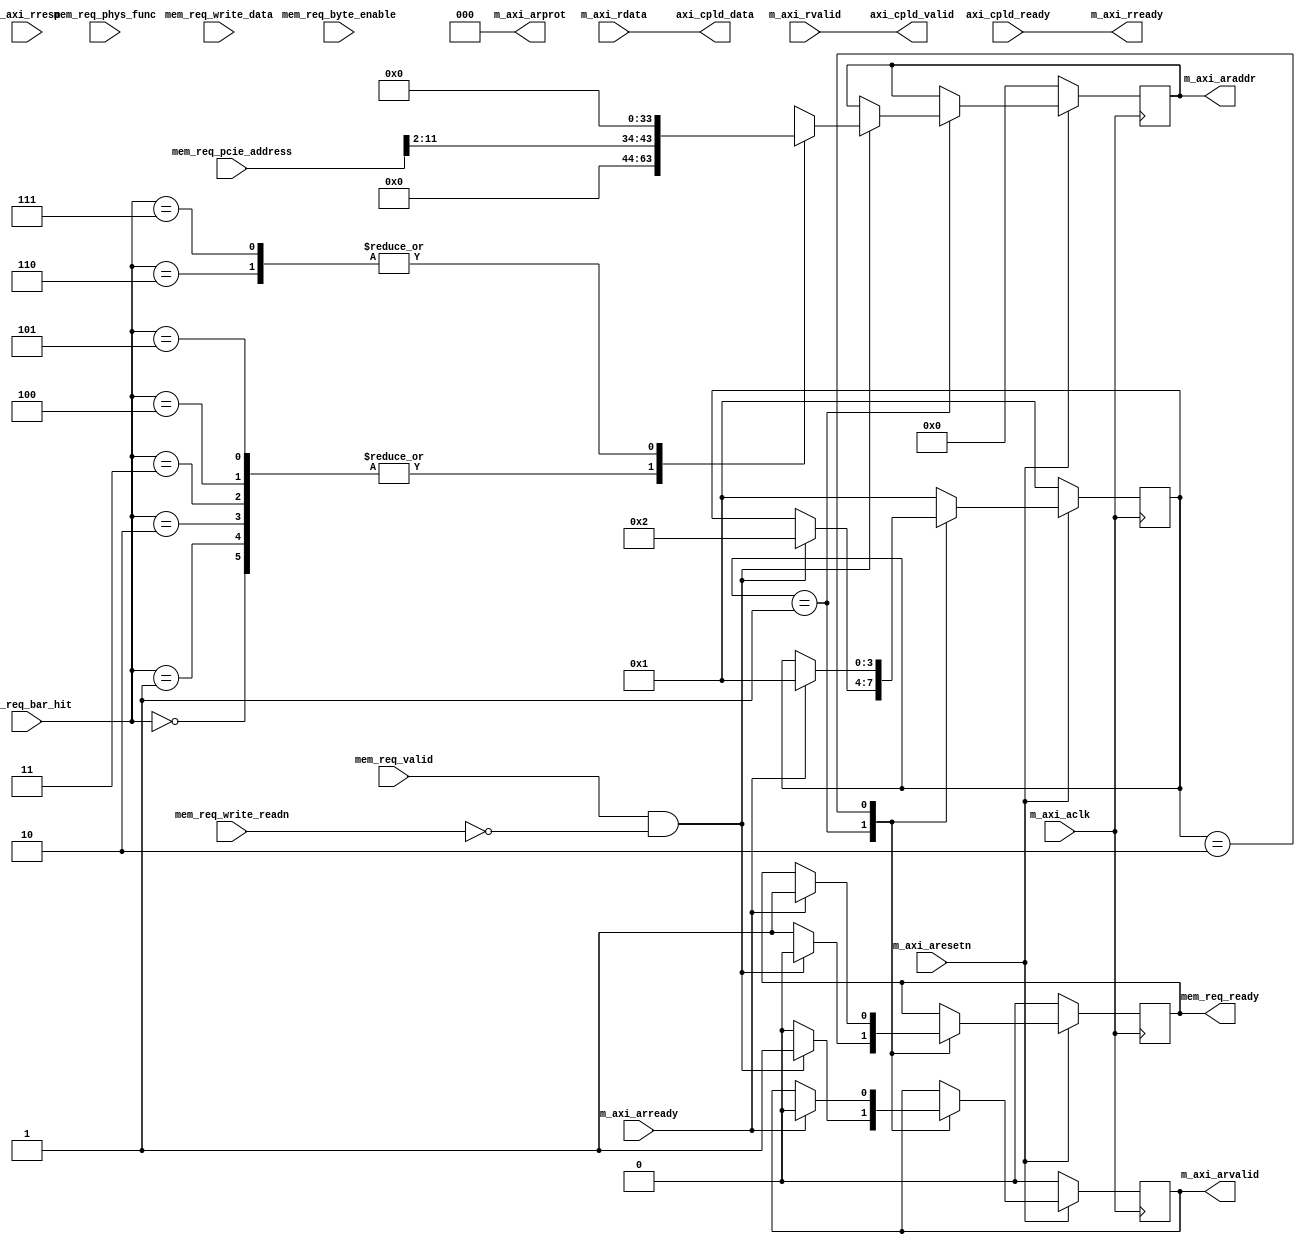
module axi_read_controller # (
  parameter TCQ                        = 1,
  parameter M_AXI_TDATA_WIDTH          = 32,
  parameter M_AXI_ADDR_WIDTH           = 32,
  parameter OUTSTANDING_READS          = 5,
  parameter  BAR0AXI                   = 64'h00000000,
  parameter  BAR1AXI                   = 64'h00000000,
  parameter  BAR2AXI                   = 64'h00000000,
  parameter  BAR3AXI                   = 64'h00000000,
  parameter  BAR4AXI                   = 64'h00000000,
  parameter  BAR5AXI                   = 64'h00000000, 
  parameter  BAR0SIZE                  = 12,
  parameter  BAR1SIZE                  = 12,
  parameter  BAR2SIZE                  = 12,
  parameter  BAR3SIZE                  = 12,
  parameter  BAR4SIZE                  = 12,
  parameter  BAR5SIZE                  = 12
  
) (

  input                                 m_axi_aclk,
  input                                 m_axi_aresetn,
  
  output [M_AXI_TDATA_WIDTH-1 : 0]      m_axi_araddr,
  output [2 : 0]                        m_axi_arprot,
  output                                m_axi_arvalid,
  input                                 m_axi_arready,
 
  input  [M_AXI_TDATA_WIDTH-1 : 0]      m_axi_rdata,
  input  [1 : 0]                        m_axi_rresp,
  input                                 m_axi_rvalid,
  output                                m_axi_rready,
  
  //Memory Request TLP Info
  input                                 mem_req_valid,
  output                                mem_req_ready,
  input [2:0]                           mem_req_bar_hit,
  input [31:0]                          mem_req_pcie_address,
  input [3:0]                           mem_req_byte_enable,
  input                                 mem_req_write_readn,
  input                                 mem_req_phys_func,
  input [31:0]                          mem_req_write_data,
  
  //Completion Data Coming back
  output                                axi_cpld_valid,
  input                                 axi_cpld_ready,
  output [31:0]                         axi_cpld_data 

    );
    
  reg [31:0] m_axi_addr_c;   
  reg [31:0] m_axi_araddr_r;   
  reg        m_axi_arvalid_r;   
  reg        mem_req_ready_r;    
    
  localparam IDLE      = 4'b0001;
  localparam READ_REQ = 4'b0010;
  //localparam <state3> = 4'b0100;
  //localparam <state4> = 4'b1000;
 
  reg [3:0] aximm_ar_sm = IDLE;
  reg [3:0] aximm_rd_sm = IDLE;
 
  always @(posedge m_axi_aclk)
     if ( !m_axi_aresetn ) begin
        aximm_ar_sm <= IDLE;
        m_axi_araddr_r    <= #TCQ 32'd0;
        m_axi_arvalid_r   <= #TCQ 1'b0;
        mem_req_ready_r   <= #TCQ 1'b0;
     end else
        case (aximm_ar_sm)
           IDLE : begin
              if ( mem_req_valid & !mem_req_write_readn ) begin
                aximm_ar_sm     <= #TCQ READ_REQ;
                m_axi_araddr_r    <= #TCQ m_axi_addr_c;
                m_axi_arvalid_r <= #TCQ 1'b1;
                mem_req_ready_r <= #TCQ 1'b0;
              end else begin
                m_axi_arvalid_r <= #TCQ 1'b0;
                mem_req_ready_r <= #TCQ 1'b1;
              end
           end
           READ_REQ : begin
              if (m_axi_arready) begin
                aximm_ar_sm   <= #TCQ IDLE;
                m_axi_arvalid_r <= #TCQ 1'b0;
                mem_req_ready_r <= #TCQ 1'b1;
              end 
           end
           default : begin  // Fault Recovery
              aximm_ar_sm <= #TCQ IDLE;
           end   
        endcase
        
 
  assign m_axi_arvalid  = m_axi_arvalid_r;
  assign m_axi_arprot   = 0;
  assign m_axi_araddr   = m_axi_araddr_r;
  assign mem_req_ready  = mem_req_ready_r;
  
  assign axi_cpld_valid  = m_axi_rvalid;
  assign m_axi_rready    = axi_cpld_ready;
  assign axi_cpld_data   = m_axi_rdata;
    							
  always @(mem_req_bar_hit, mem_req_pcie_address)    
     case (mem_req_bar_hit)
        3'b000: m_axi_addr_c <= { BAR0AXI[M_AXI_ADDR_WIDTH-1:BAR0SIZE], mem_req_pcie_address[BAR0SIZE-1:2],2'b00};
        3'b001: m_axi_addr_c <= { BAR1AXI[M_AXI_ADDR_WIDTH-1:BAR1SIZE], mem_req_pcie_address[BAR1SIZE-1:2],2'b00};
        3'b010: m_axi_addr_c <= { BAR2AXI[M_AXI_ADDR_WIDTH-1:BAR2SIZE], mem_req_pcie_address[BAR2SIZE-1:2],2'b00};
        3'b011: m_axi_addr_c <= { BAR3AXI[M_AXI_ADDR_WIDTH-1:BAR3SIZE], mem_req_pcie_address[BAR3SIZE-1:2],2'b00};
        3'b100: m_axi_addr_c <= { BAR4AXI[M_AXI_ADDR_WIDTH-1:BAR4SIZE], mem_req_pcie_address[BAR4SIZE-1:2],2'b00};
        3'b101: m_axi_addr_c <= { BAR5AXI[M_AXI_ADDR_WIDTH-1:BAR5SIZE], mem_req_pcie_address[BAR5SIZE-1:2],2'b00};
        3'b110: m_axi_addr_c <= 32'd0;
        3'b111: m_axi_addr_c <= 32'd0;
     endcase

endmodule